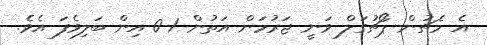
އެ މެޗުން ޕޯޗުގަލް ވަނީ ޖަރުމަން އަތުން 1-0 އިން ބަލިވެފަ އެވެ.